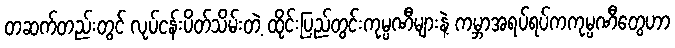
တဆက်တည်းတွင် လုပ်ငန်းပိတ်သိမ်းတဲ့ ထိုင်းပြည်တွင်းကုမ္ပဏီများနဲ့ ကမ္ဘာအရပ်ရပ်ကကုမ္ပဏီတွေဟာ